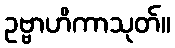
ဥဗ္ဗာဟိကာသုတ်။